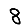
Digit: 8